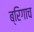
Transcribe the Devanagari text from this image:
ब्रिगाच